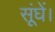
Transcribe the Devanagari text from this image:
सूंघें।